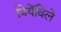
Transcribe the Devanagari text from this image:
बियेंविले